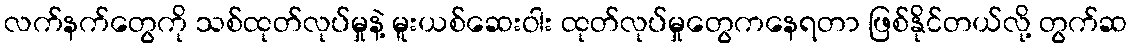
လက်နက်တွေကို သစ်ထုတ်လုပ်မှုနဲ့ မူးယစ်ဆေးဝါး ထုတ်လုပ်မှုတွေကနေရတာ ဖြစ်နိုင်တယ်လို့ တွက်ဆ